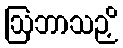
ဩဘာသဉှိ